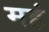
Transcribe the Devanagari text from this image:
महं